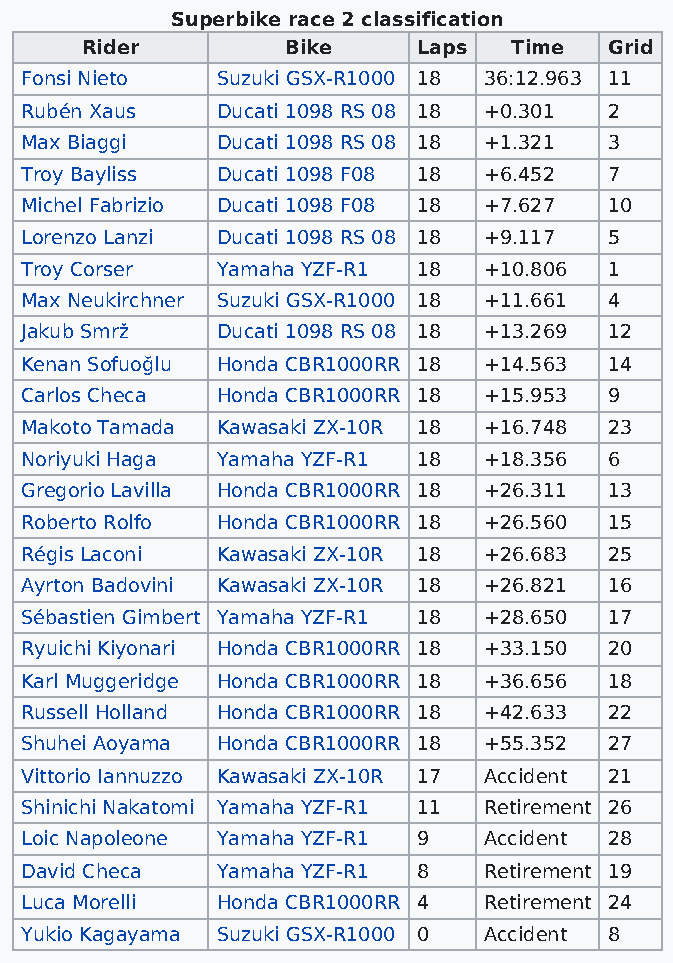
Superbike race 2 classification
 Rider         Bike     Laps  Time  Grid
 Fonsi Nieto  Suzuki GSX-R1000 18 36:12.963 11
 Rubén Xaus   Ducati 1098 RS 08 18 +0.301 2
 Max Biaggi   Ducati 1098 RS 08 18 +1.321 3
 Troy Bayliss Ducati 1098 F08 18 +6.452 7
 Michel Fabrizio Ducati 1098 F08 18 +7.627 10
 Lorenzo Lanzi Ducati 1098 RS 08 18 +9.117 5
 Troy Corser  Yamaha YZF-R1 18  +10.806 1
 Max Neukirchner Suzuki GSX-R1000 18 +11.661 4
 Jakub Smrž   Ducati 1098 RS 08 18 +13.269 12
 Kenan Sofuoğlu Honda CBR1000RR 18 +14.563 14
 Carlos Checa Honda CBR1000RR 18 +15.953 9
 Makoto Tamada Kawasaki ZX-10R 18 +16.748 23
 Noriyuki Haga Yamaha YZF-R1 18 +18.356 6
 Gregorio Lavilla Honda CBR1000RR 18 +26.311 13
 Roberto Rolfo Honda CBR1000RR 18 +26.560 15
 Régis Laconi Kawasaki ZX-10R 18 +26.683 25
 Ayrton Badovini Kawasaki ZX-10R 18 +26.821 16
 Sébastien Gimbert Yamaha YZF-R1 18 +28.650 17
 Ryuichi Kiyonari Honda CBR1000RR 18 +33.150 20
 Karl Muggeridge Honda CBR1000RR 18 +36.656 18
 Russell Holland Honda CBR1000RR 18 +42.633 22
 Shuhei Aoyama Honda CBR1000RR 18 +55.352 27
 Vittorio Iannuzzo Kawasaki ZX-10R 17 Accident 21
 Shinichi Nakatomi Yamaha YZF-R1 11 Retirement 26
 Loic Napoleone Yamaha YZF-R1 9 Accident 28
 David Checa  Yamaha YZF-R1 8   Retirement 19
 Luca Morelli Honda CBR1000RR 4 Retirement 24
 Yukio Kagayama Suzuki GSX-R1000 0 Accident 8